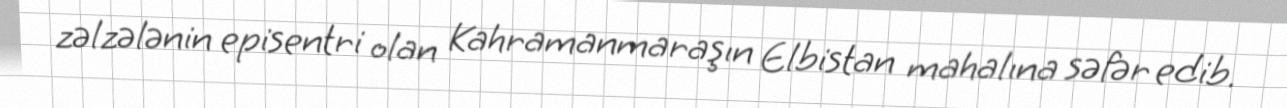
zəlzələnin episentri olan Kahramanmaraşın Elbistan mahalına səfər edib.